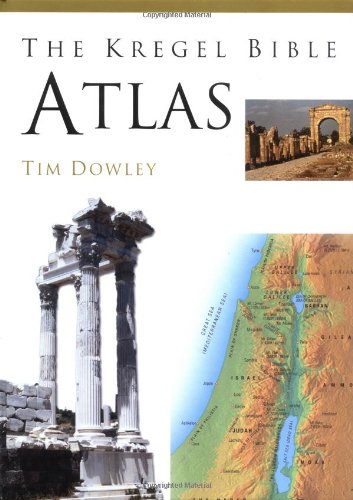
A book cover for Kregel Bible Atlas; Tim Dowley; Christian Books & Bibles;